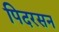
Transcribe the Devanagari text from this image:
पिदरसन